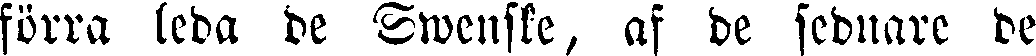
förra leda de Swenske, af de sednare de